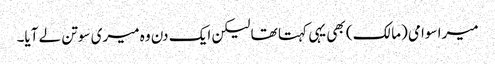
میرا سوامی (مالک) بھی یہی کہتا تھا لیکن ایک دن وہ میری سوتن لے آیا۔